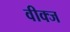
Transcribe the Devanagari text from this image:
वीक्ज